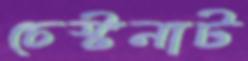
চেস্টনাট